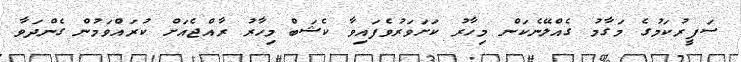
ސަފީރުކަމުގެ މަގާމު ގެއްލޭނެކަން މިހާރު ކަށަވަރުވެފައިވާ ކެޝަބް މިހާރު ރާއްޖެއަށް ކުރައްވަމުން ގެންދަވާ